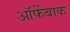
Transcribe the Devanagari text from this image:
ऑफेंबाक